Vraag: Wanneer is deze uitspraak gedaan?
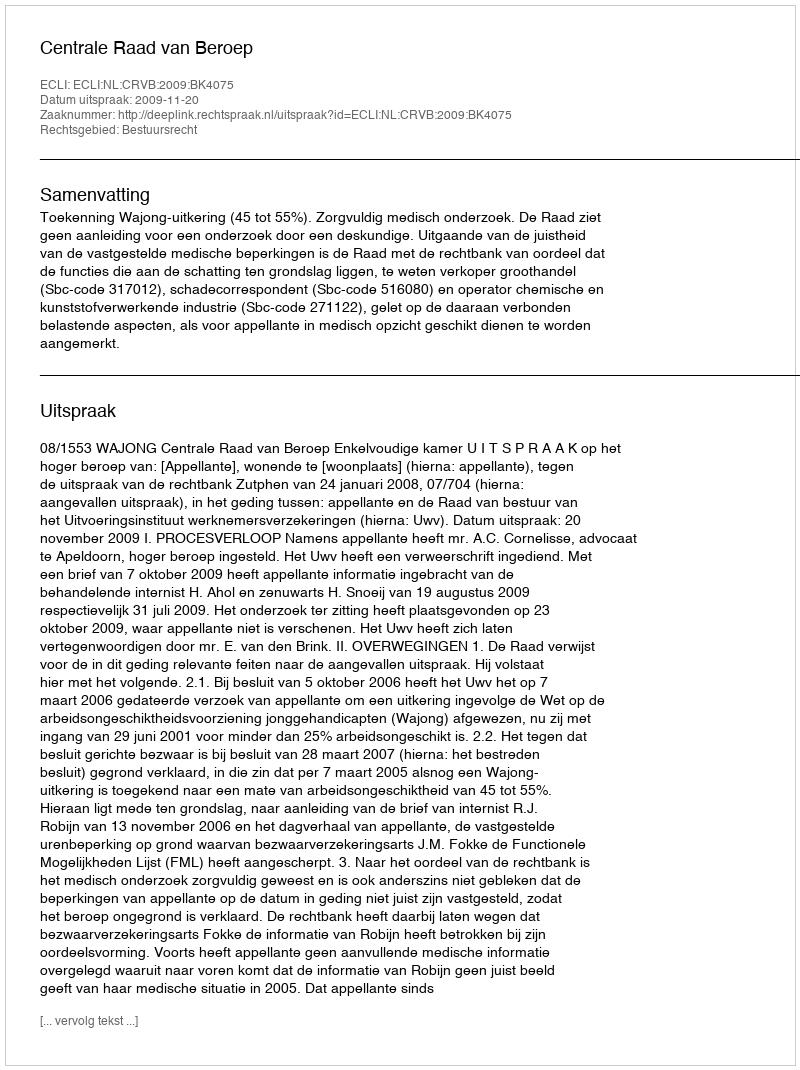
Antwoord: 2009-11-20